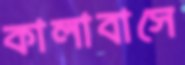
কালাবাসে